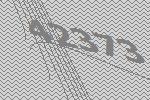
42373